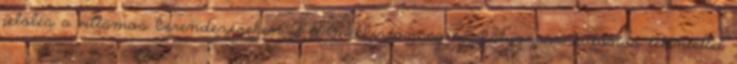
jelölés a villamos berendezéseken A termékbiztonság szabályozása, különös tekintettel